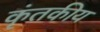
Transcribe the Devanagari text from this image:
कृंतकीय